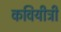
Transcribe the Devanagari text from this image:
कवियीत्री